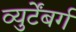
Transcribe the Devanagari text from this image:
व्युर्टेंबर्ग